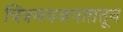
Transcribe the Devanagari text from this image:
चित्रमयजगतातून